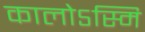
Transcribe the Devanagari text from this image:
कालोऽस्मि